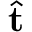
\hat { \mathbf { t } }